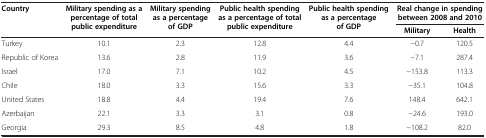
<table><thead><tr><td><b>Country</b></td><td><b>Military spending as a percentage of total public expenditure</b></td><td><b>Military spending as a percentage of GDP</b></td><td><b>Public health spending as a percentage of total public expenditure</b></td><td><b>Public health spending as a percentage of GDP</b></td><td colspan="2"><b>Real change in spending between 2008 and 2010</b></td></tr><tr><td colspan="5">[EMPTY_CELL]</td><td><b>Military</b></td><td><b>Health</b></td></tr></thead><tbody><tr><td>Turkey</td><td>10.1</td><td>2.3</td><td>12.8</td><td>4.4</td><td>−0.7</td><td>120.5</td></tr><tr><td>Republic of Korea</td><td>13.6</td><td>2.8</td><td>11.9</td><td>3.6</td><td>−7.1</td><td>287.4</td></tr><tr><td>Israel</td><td>17.0</td><td>7.1</td><td>10.2</td><td>4.5</td><td>−153.8</td><td>113.3</td></tr><tr><td>Chile</td><td>18.0</td><td>3.3</td><td>15.6</td><td>3.3</td><td>−35.1</td><td>104.8</td></tr><tr><td>United States</td><td>18.8</td><td>4.4</td><td>19.4</td><td>7.6</td><td>148.4</td><td>642.1</td></tr><tr><td>Azerbaijan</td><td>22.1</td><td>3.3</td><td>3.1</td><td>0.8</td><td>−24.6</td><td>193.0</td></tr><tr><td>Georgia</td><td>29.3</td><td>8.5</td><td>4.8</td><td>1.8</td><td>−108.2</td><td>82.0</td></tr></tbody></table>